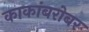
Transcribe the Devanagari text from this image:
काकांबरोबर